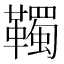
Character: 䪅